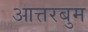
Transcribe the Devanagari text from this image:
आत्तरबुम